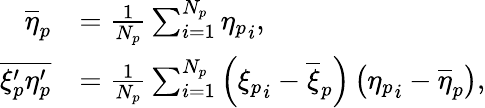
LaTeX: \begin{array}{rl}{\overline{{\eta}}_{p}}&{=\frac{1}{N_{p}}\sum_{i=1}^{N_{p}}{\eta_{p}}_{i},}\\ {\overline{{\xi_{p}^{\prime}\eta_{p}^{\prime}}}}&{=\frac{1}{N_{p}}\sum_{i=1}^{N_{p}}\left({\xi_{p}}_{i}-\overline{{\xi}}_{p}\right)\left({\eta_{p}}_{i}-\overline{{\eta}}_{p}\right),}\end{array}